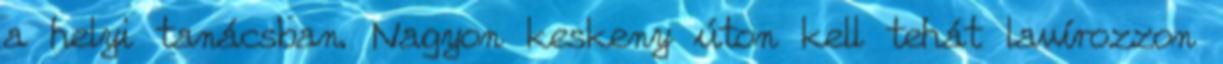
a helyi tanácsban. Nagyon keskeny úton kell tehát lavírozzon